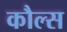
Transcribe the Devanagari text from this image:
कौल्स